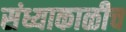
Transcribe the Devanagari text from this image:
संध्याकाळीच